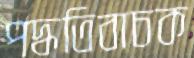
পদ্ধতিবাচক